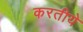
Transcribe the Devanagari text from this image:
करतीये